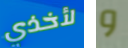
لأخذي و